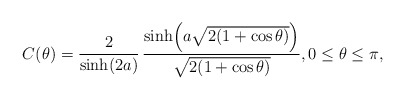
\begin{align*}C(\theta) = \frac{2}{\sinh(2a)} \, \frac{\sinh \! \left( a \sqrt{2(1+\cos\theta)} \right)}{\sqrt{2(1+\cos\theta)}},0 \leq \theta \leq \pi, \end{align*}